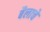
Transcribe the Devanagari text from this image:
बैलाचे